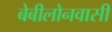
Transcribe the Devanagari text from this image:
बेबीलोनवासी